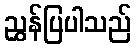
ညွှန်ပြပါသည်